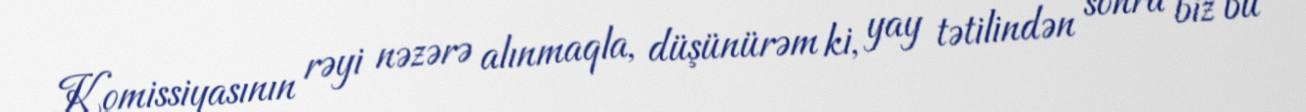
Komissiyasının rəyi nəzərə alınmaqla, düşünürəm ki, yay tətilindən sonra biz bu